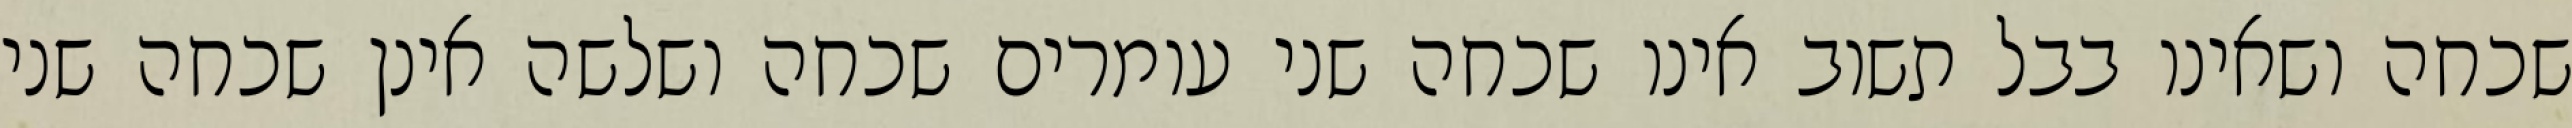
שכחה ושאינו בבל תשוב אינו שכחה שני עומרים שכחה ושלשה אינן שכחה שני